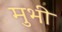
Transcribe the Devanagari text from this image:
मुभी